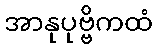
အာနုပုဗ္ဗိကထံ